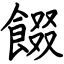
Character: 餟